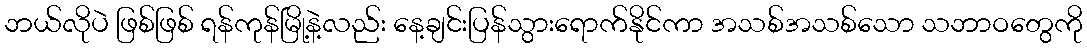
ဘယ်လိုပဲ ဖြစ်ဖြစ် ရန်ကုန်မြို့နဲ့လည်း နေ့ချင်းပြန်သွားရောက်နိုင်ကာ အသစ်အသစ်သော သဘာဝတွေကို